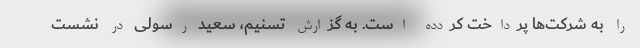
را به شرکت‌ها پرداخت کردده است. به گزارش تسنیم، سعید رسولی در نشست